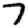
Digit: 7